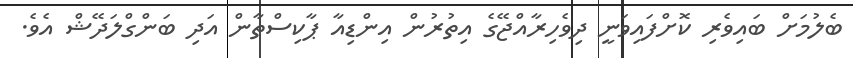
ބެލުމަށް ބައިވެރި ކޮށްފައިވަނީ ދިވެހިރާއްޖޭގެ އިތުރުން އިންޑިއާ ޕާކިސްތާން އަދި ބަންގްލަދޭޝް އެވެ.